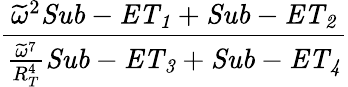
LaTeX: \frac{\widetilde{\omega}^{2}\mathit{Sub-ET_{1}}+\mathit{Sub-ET_{2}}}{\frac{\widetilde{\omega}^{7}}{R_{T}^{4}}\mathit{Sub-ET_{3}}+\mathit{Sub-ET_{4}}}